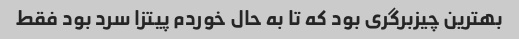
بهترین چیزبرگری بود که تا به حال خوردم پیتزا سرد بود فقط